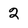
Character: 2